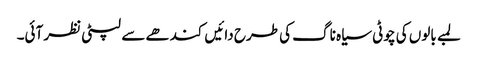
لمبے بالوں کی چوٹی سیاہ ناگ کی طرح دائیں کندھے سے لپٹی نظر آئی۔